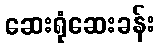
ဆေးရုံဆေးခန်း